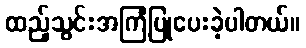
ထည့်သွင်းအကြံပြုပေးခဲ့ပါတယ်။